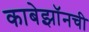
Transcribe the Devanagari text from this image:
काबेझॉनची